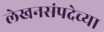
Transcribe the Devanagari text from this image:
लेखनसंपदेच्या